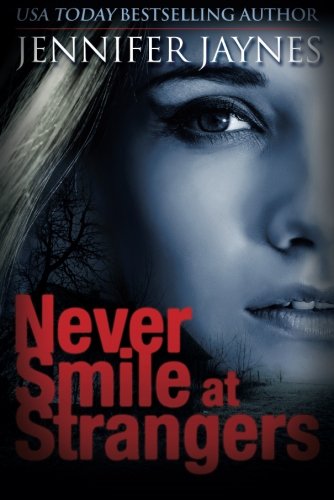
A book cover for Never Smile at Strangers; Jennifer Jaynes; Mystery, Thriller & Suspense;